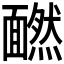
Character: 𩉄